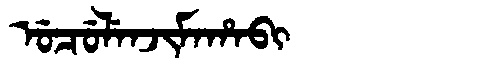
Manchu: ᡠᠴᡠᠯᡝᠨᠵᡳᠮᠠᡥᠠᠪᡳ
Romanization: UCULENJIMAHABI